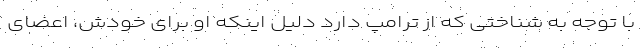
با توجه به شناختی که از ترامپ دارد دلیل اینکه او برای خودش، اعضای